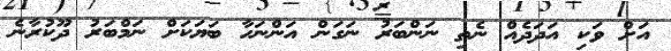
އަށް ވަކި އަދަދެއް ނެތި ނަންބަރު ނަގަން އަންނަހާ ބަޔަކަށް ނަމްބަރު ދޫކުރާނެ